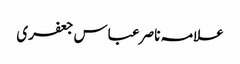
علامہ ناصر عباس جعفری